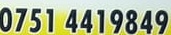
0751 4419849